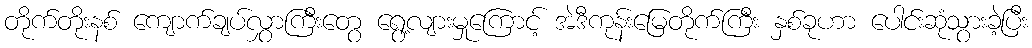
တိုက်တိုးနစ် ကျောက်ချပ်လွှာကြီးတွေ ရွေ့လျားမှုကြောင့် အဲဒီကုန်းမြေတိုက်ကြီး နှစ်ခုဟာ ပေါင်းဆုံသွားခဲ့ပြီး